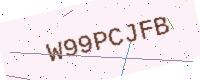
Text: W99PCJFB